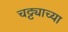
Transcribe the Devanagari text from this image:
चट्ट्याच्या